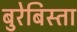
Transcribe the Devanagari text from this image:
बुरेबिस्ता